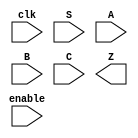
// In this question, you will design a circuit for an 8x1 memory, where writing to the memory is accomplished by shifting-in bits, and reading is "random access", as in a typical RAM. You will then use the circuit to realize a 3-input logic function.

// First, create an 8-bit shift register with 8 D-type flip-flops. Label the flip-flop outputs from Q[0]...Q[7]. The shift register input should be called S, which feeds the input of Q[0] (MSB is shifted in first). The enable input controls whether to shift. Then, extend the circuit to have 3 additional inputs A,B,C and an output Z. The circuit's behaviour should be as follows: when ABC is 000, Z=Q[0], when ABC is 001, Z=Q[1], and so on. Your circuit should contain ONLY the 8-bit shift register, and multiplexers. (Aside: this circuit is called a 3-input look-up-table (LUT)).

module top_module (
    input clk,
    input enable,
    input S,
    input A, B, C,
    output Z ); 

    // Insert your code here

endmodule